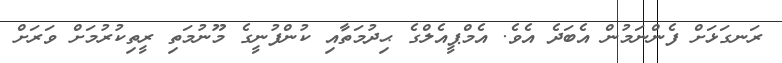
ރަނގަޅަށް ފެންނަމުން އެބަދެ އެވެ. އެމްޕީއެލްގެ ޙިދުމަތާއި ކުންފުނީގެ މޫނުމަތި ރީތިކުރުމަށް ވަރަށް